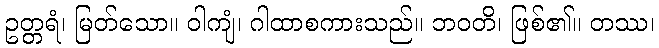
ဥတ္တရံ၊ မြတ်သော။ ဝါကျံ၊ ဂါထာစကားသည်။ ဘဝတိ၊ ဖြစ်၏။ တဿ၊